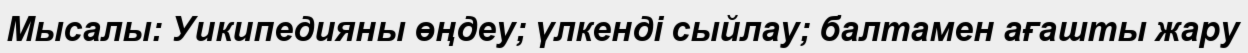
Мысалы: Уикипедияны өңдеу; үлкенді сыйлау; балтамен ағашты жару